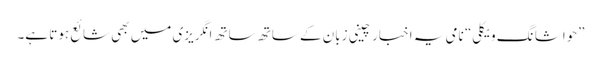
”حواشا نگ ویکلی“ نامی یہ اخبار چینی زبان کے ساتھ ساتھ انگریزی میں بھی شائع ہوتا ہے۔